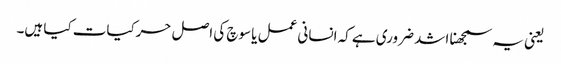
یعنی یہ سمجھنا اشد ضروری ہے کہ انسانی عمل یا سوچ کی اصل حرکیات کیا ہیں۔